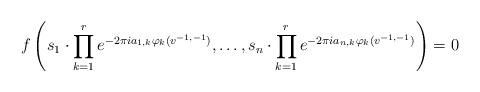
LaTeX: \begin{align*} f \left( s_1 \cdot \prod_{k=1}^r e^{-2 \pi i a_{1,k} \varphi_k(v^{-1,-1})}, \dotsc,s_n \cdot \prod_{k=1}^r e^{-2 \pi i a_{n,k} \varphi_k(v^{-1,-1})} \right) = 0\end{align*}